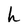
Character: h